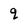
Character: q